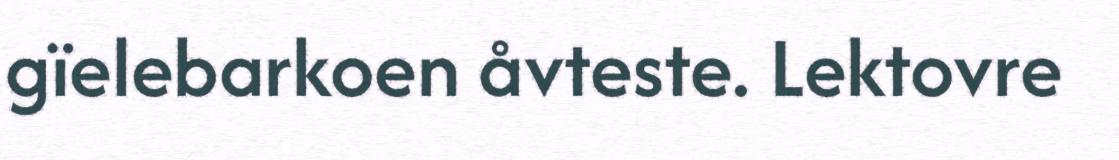
gïelebarkoen åvteste. Lektovre